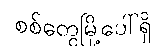
စစ်တွေမြို့ပေါ်ရှိ